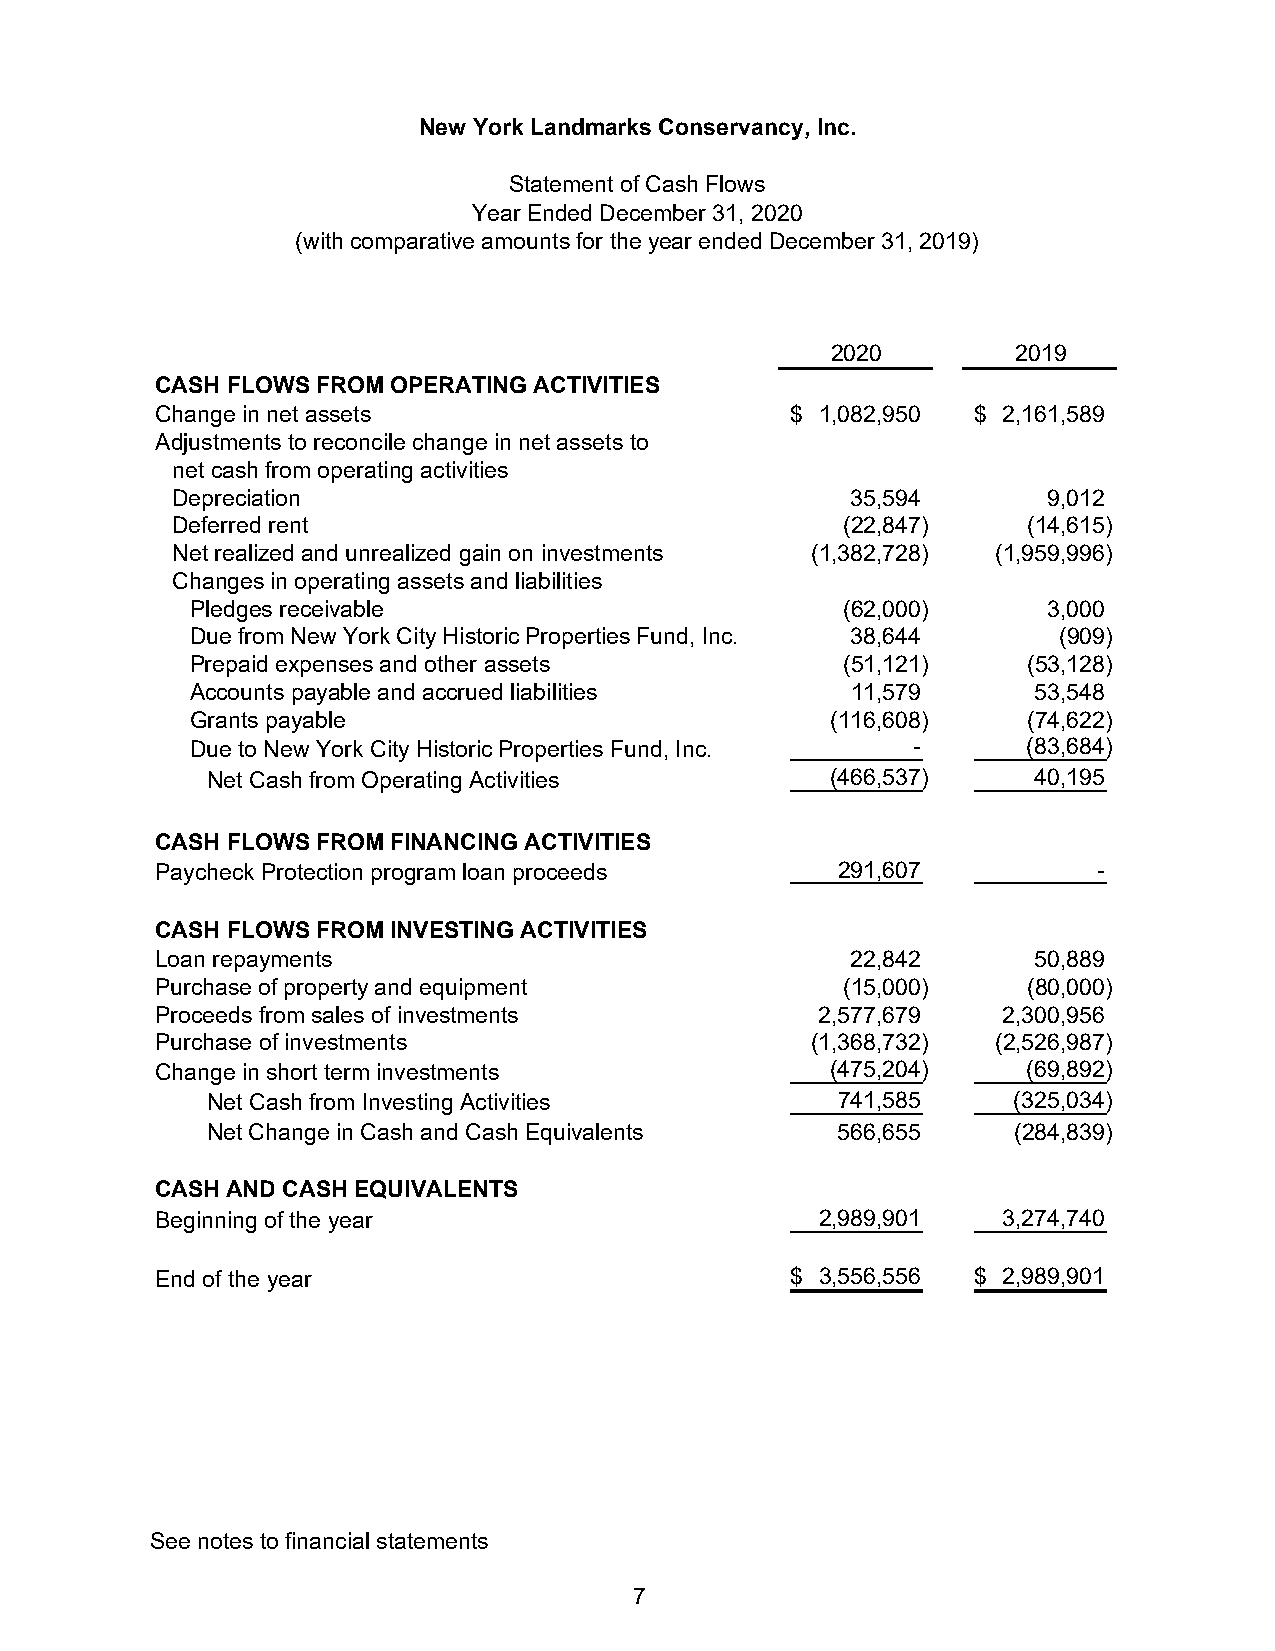
New York Landmarks Conservancy, Inc.
 Statement of Cash Flows
 Year Ended December 31, 2020
 (with comparative amounts for the year ended December 31, 2019)
 2020        2019
 CASH FLOWS FROM OPERATING ACTIVITIES
 Change in net assets                      $ 1,082,950  $ 2,161,589
 Adjustments to reconcile change in net assets to
 net cash from operating activities
 Depreciation                                 35,594       9,012
 Deferred rent                                (22,847)    (14,615)
 Net realized and unrealized gain on investments (1,382,728) (1,959,996)
 Changes in operating assets and liabilities
 Pledges receivable                         (62,000)     3,000
 Due from New York City Historic Properties Fund, Inc. 38,644 ( 909)
 Prepaid expenses and other assets          (51,121)    (53,128)
 Accounts payable and accrued liabilities   11,579       53,548
 Grants payable                            (116,608)    (74,622)
 Due to New York City Historic Properties Fund, Inc. -  (83,684)
 Net Cash from Operating Activities       (466,537)     40,195
 CASH FLOWS FROM FINANCING ACTIVITIES
 Paycheck Protection program loan proceeds    291,607           -
 CASH FLOWS FROM INVESTING ACTIVITIES
 Loan repayments                               22,842       50,889
 Purchase of property and equipment            (15,000)    (80,000)
 Proceeds from sales of investments          2,577,679   2,300,956
 Purchase of investments                     (1,368,732) (2,526,987)
 Change in short term investments             (475,204)    (69,892)
 Net Cash from Investing Activities       741,585     (325,034)
 Net Change in Cash and Cash Equivalents  566,655     (284,839)
 CASH AND CASH EQUIVALENTS
 Beginning of the year                       2,989,901   3,274,740
 End of the year                           $ 3,556,556  $ 2,989,901
 See notes to financial statements
 7